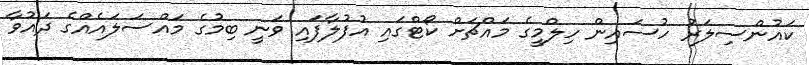
ކައުންސިލަރު ހުސައިން ހިލްމީގެ މައްޗަށް ކޯޓްގައި އުފުލާފައި ވަނީ ބިމުގެ މައްސަލައެއްގެ ދައުވާ